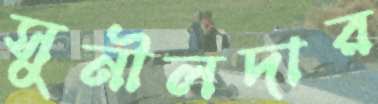
সুনীলদার